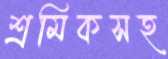
শ্রমিকসহ